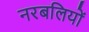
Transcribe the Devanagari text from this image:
नरबलियों